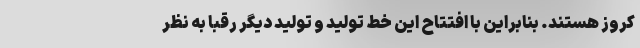
کروز هستند. بنابراین با افتتاح این خط تولید و تولید دیگر رقبا به نظر